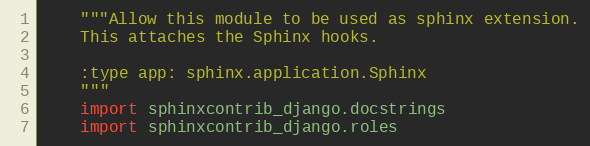
Language: Python
    """Allow this module to be used as sphinx extension.
    This attaches the Sphinx hooks.

    :type app: sphinx.application.Sphinx
    """
    import sphinxcontrib_django.docstrings
    import sphinxcontrib_django.roles